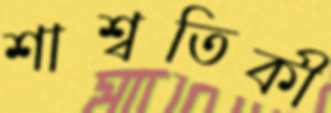
শাশ্বতিকী